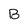
Character: B